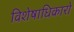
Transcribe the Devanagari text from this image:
विशेषाधिकारो